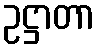
ဥဋ္ဌာတာ